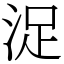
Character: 浞